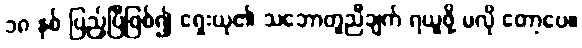
၁၈ နှစ် ပြည့်ပြီဖြစ်၍ ရှေးယု၏ သဘောတူညီချက် ရယူဖို့ မလို တော့ပေ။